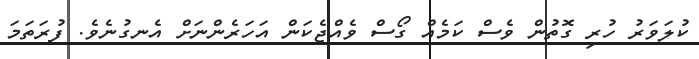
ކުލަވަރު ހުރި ގޮތުން ވެސް ކަމެއް ގޯސް ވެއްޖެކަން އަހަރެންނަށް އެނގުނެވެ. ފުރަތަމަ